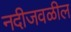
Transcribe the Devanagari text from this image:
नदीजवळील